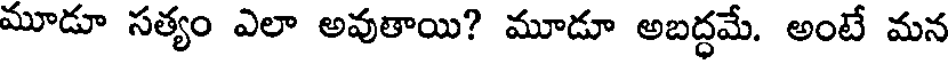
మూడూ సత్యం ఎలా అవుతాయి? మూడూ అబద్ధమే. అంటే మన